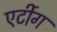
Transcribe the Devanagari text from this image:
एर्टीग